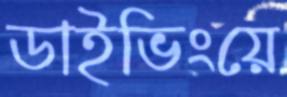
ডাইভিংয়ে